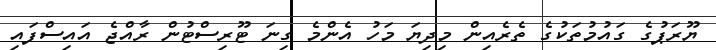
ޔޫރަޕުގެ ގައުމުތަކުގެ ތެރެއިން މިދިޔަ މަހު އެންމެ ގިނަ ޓޫރިސްޓުން ރާއްޖެ އައިސްފައި